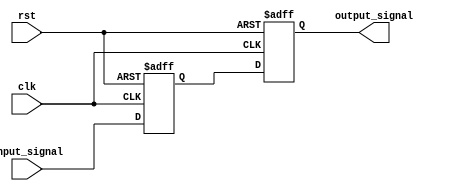
module IO_Buffer (
    input wire clk,
    input wire rst,
    input wire input_signal,
    output reg output_signal
);

reg compensated_signal;

// Compensated bidirectional buffer logic
always @(posedge clk or posedge rst) begin
    if (rst) begin
        compensated_signal <= 1'b0;
        output_signal <= 1'b0;
    end else begin
        compensated_signal <= input_signal;
        output_signal <= compensated_signal;
    end
end

endmodule